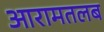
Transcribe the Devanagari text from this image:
आरामतलब